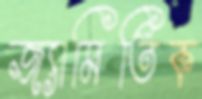
জ্যামিতিক